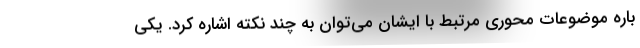
باره موضوعات محوری مرتبط با ایشان می‌توان به چند نکته اشاره کرد. یکی